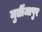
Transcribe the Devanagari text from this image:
मुर्तीजापुर